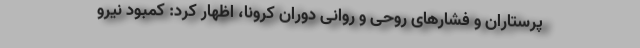
پرستاران و فشارهای روحی و روانی دوران کرونا، اظهار کرد: کمبود نیرو